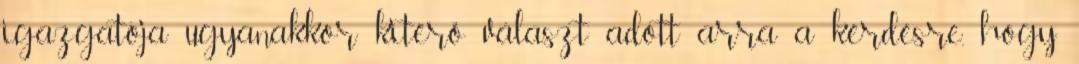
igazgatója ugyanakkor kitérő választ adott arra a kérdésre, hogy